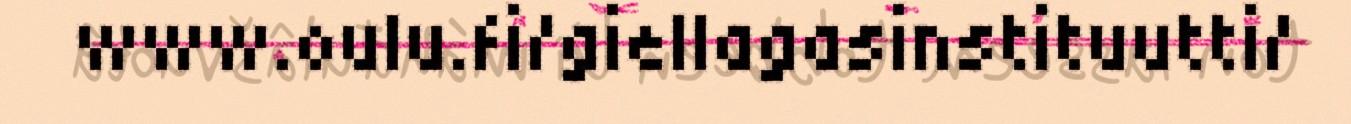
www.oulu.fi/giellagasinstituutti/